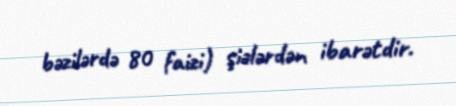
bəzilərdə 80 faizi) şiələrdən ibarətdir.